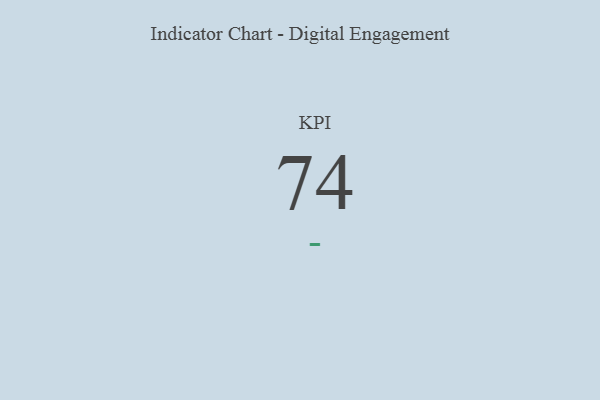
{"axis": {"x": "KPI", "y": "Value"}, "legend": [""], "data": [{"x": "KPI", "y": 74, "type": ""}]}